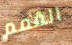
القمم